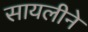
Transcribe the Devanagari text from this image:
सायलीने